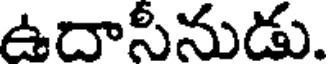
ఉదాసీనుడు.